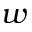
w